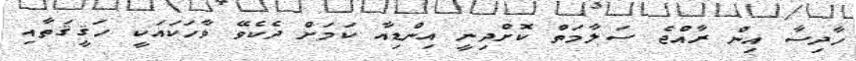
ހާދިސާ އިން ރާއްޖެ ސަލާމަތް ކޮށްދިނީ އިންޑިއާ ކަމަށް ދެކެވޭ ވާހަކައަކީ ހަޤީޤަތާއި